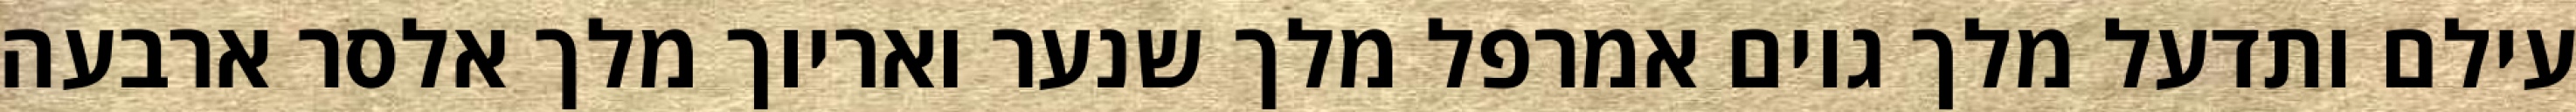
עילם ותדעל מלך גוים אמרפל מלך שנער ואריוך מלך אלסר ארבעה